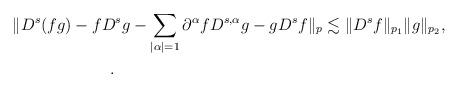
LaTeX: \begin{align*}&\| D^s (fg) - f D^s g - \sum_{|\alpha|=1} \partial^{\alpha} f D^{s,\alpha} g - g D^s f \|_p\lesssim \| D^s f \|_{p_1} \| g \|_{p_2}, \\&\qquad\qquad\qquad.\end{align*}